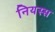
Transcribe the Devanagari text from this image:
नियस्स